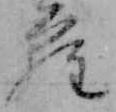
ら